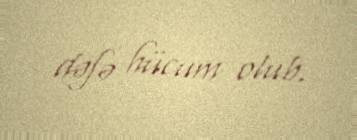
dəfə hücum olub.